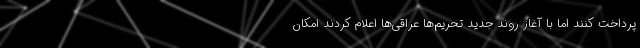
پرداخت کنند اما با آغاز روند جدید تحریم‌ها عراقی‌ها اعلام کردند امکان